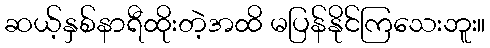
ဆယ့်နှစ်နာရီထိုးတဲ့အထိ မပြန်နိုင်ကြသေးဘူး။